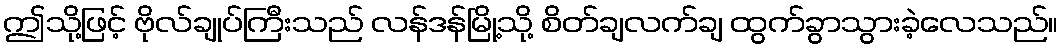
ဤသို့ဖြင့် ဗိုလ်ချုပ်ကြီးသည် လန်ဒန်မြို့သို့ စိတ်ချလက်ချ ထွက်ခွာသွားခဲ့လေသည်။